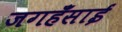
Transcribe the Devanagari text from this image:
जगहँसाई